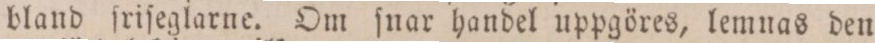
bland friſeglarne. Om ſnar handel uppgöres, lemnas den